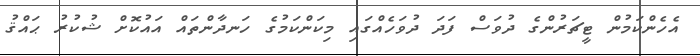
އެހެންކަމުން ޓީޗަރުންގެ ދުވަސް ފަދަ ދުވަހެއްގައި މިކަންކަމުގެ ހަނދާންތައް އައުކޮށް ޝުކުރު ޙައްޤު